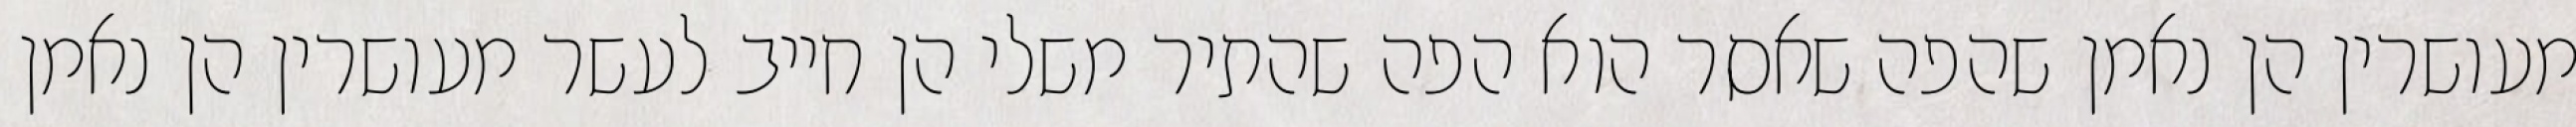
מעושרין הן נאמן שהפה שאסר הוא הפה שהתיר משלי הן חייב לעשר מעושרין הן נאמן